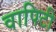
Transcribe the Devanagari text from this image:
वापिटी